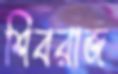
শিবরাজ